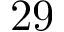
2 9